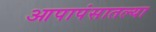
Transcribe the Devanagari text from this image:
आपापंसातल्या